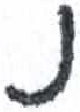
אות: ן